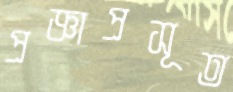
প্রজ্ঞাপ্রসূত